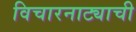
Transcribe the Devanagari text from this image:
विचारनाट्याची